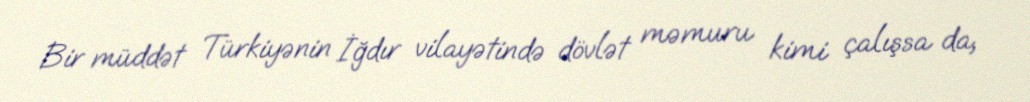
Bir müddət Türkiyənin İğdır vilayətində dövlət məmuru kimi çalışsa da,